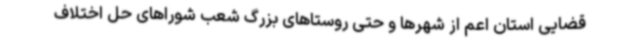
قضایی استان اعم از شهرها و حتی روستاهای بزرگ شعب شوراهای حل اختلاف